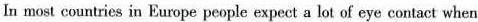
In most countries in Europe people expect a lot of eye contact when